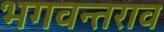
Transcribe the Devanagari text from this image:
भगवन्तराव